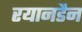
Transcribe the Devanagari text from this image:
रयानडैन